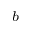
^ b